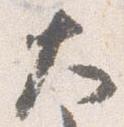
大